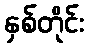
နှစ်တိုင်း